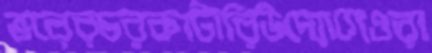
ভরেরচরকাটারিউদ্যোগেওরা